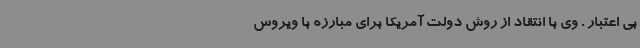
بی اعتبار . وی با انتقاد از روش دولت آمریکا برای مبارزه با ویروس